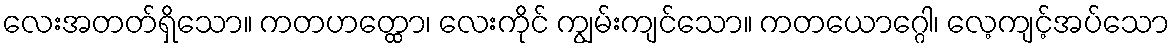
လေးအတတ်ရှိသော။ ကတဟတ္ထော၊ လေးကိုင် ကျွမ်းကျင်သော။ ကတယောဂ္ဂေါ၊ လေ့ကျင့်အပ်သော